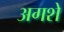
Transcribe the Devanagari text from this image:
अगशे